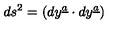
d s \sp 2 = ( d y \sp { \underline { { a } } } \cdot d y \sp { \underline { { a } } } )